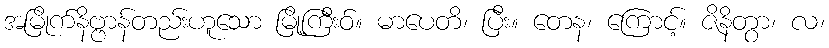
အမြိုက်နိဗ္ဗာန်တည်းဟူသော မြို့ကြီးဝ်။ မာပေတိ၊ ပြီး။ တေန၊ ကြောင့်။ ဇိနိတွာ၊ လ၊